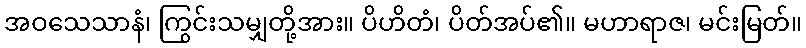
အဝသေသာနံ၊ ကြွင်းသမျှတို့အား။ ပိဟိတံ၊ ပိတ်အပ်၏။ မဟာရာဇ၊ မင်းမြတ်။